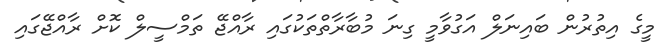
މީގެ އިތުރުން ބައިނަލް އަގުވާމީ ގިނަ މުބާރާތްތަކުގައި ރާއްޖޭ ތަމްސީލް ކޮށް ރާއްޖޭގައި